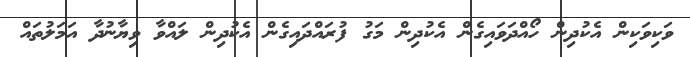
ވަކިވަކިން އެކުދިން ހޯއްދަވައިގެން އެކުދިން މަގު ފުރައްދައިގެން އެކުދިން ލައްވާ ވިޔާނުދާ އަމަލުތައް